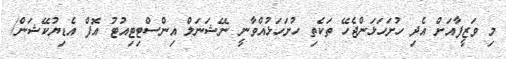
މި ވަޒީފާއަށް އެދި ހުށަހަޅަންޖެހޭ ތަކެތި ހުށަހަޅުއްވާނީ ނޭޝަނަލް އިންސްޓިޓިއުޓު އޮފް އެޑިޔުކޭޝަން/